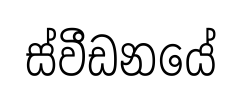
ස්වීඩනයේ